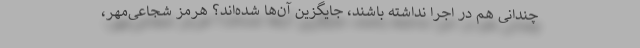
چندانی هم در اجرا نداشته باشند، جایگزین آن‌ها شده‌اند؟ هرمز شجاعی‌مهر،